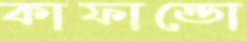
কাফান্ডো